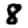
Digit: 8